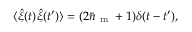
\langle \hat { \xi } ( t ) \hat { \xi } ( t ^ { \prime } ) \rangle = ( 2 \bar { n } _ { \mathrm { ~ m ~ } } + 1 ) \delta ( t - t ^ { \prime } ) ,